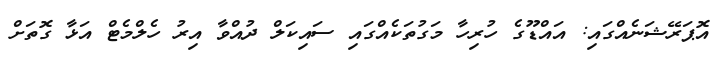
އޮޕަރޭޝަނެއްގައި: އައްޑޫގެ ހުރިހާ މަގުތަކެއްގައި ސަައިކަލް ދުއްވާ އިރު ހެލްމެޓް އަޅާ ގޮތަށް